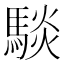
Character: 𮪋